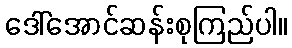
ဒေါ်အောင်ဆန်းစုကြည်ပါ။